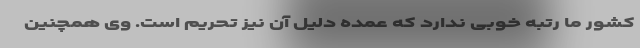
کشور ما رتبه خوبی ندارد که عمده دلیل آن نیز تحریم است. وی همچنین